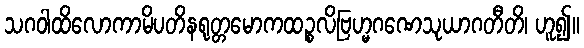
သဂဝါထိလောကာမိပတိနရုတ္တမောကထဉ္စလိဗြဟ္မဂဏေသုယာဂတီတိ၊ ဟူ၍။